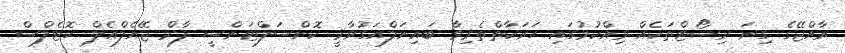
ރާއްޖޭގެ ގިނަ ރިސޯޓްތަކެއް ވިއްކުމުގައި ހަރަކާތްތެރިވާ ބައިނަލްއަގުވާމީ ކޮންސަލްޓަންސީ ފާމް ޖޭއެލްއެލް ހޮޓެލްސް